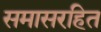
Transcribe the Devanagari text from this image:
समासरहित